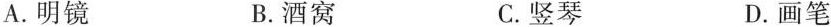
A.明镜 B.酒窝 C.竖琴 D.画笔